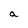
Character: a